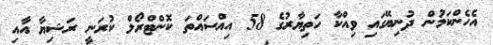
އެހެންކަމުން ދުނިޔޭގައި ވިއްކާ ހަތިޔާރުގެ 58 އިއްސައްތަ ކޮންޓްރޯލް ކުރަނީ ރަޝިޔާ އާއި